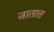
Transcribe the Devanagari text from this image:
जातात्त